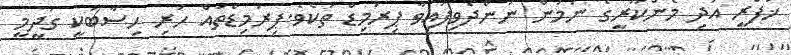
ޚަފްރީ އަދި މެންކޫރީގެ ނަމުން ނަންދެވިފައިވާ ޕިރަމިޑް ތަކެވެ.ޕިރަމިޑްތައް ހުރި ހިސާބަކީ ގަދީމީ